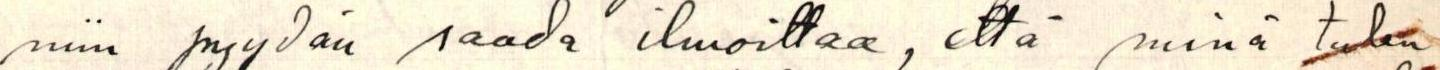
niin pyydän saada ilmoittaa, että minä tulen